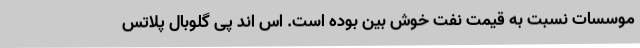
موسسات نسبت به قیمت نفت خوش بین بوده است. اس اند پی گلوبال پلاتس